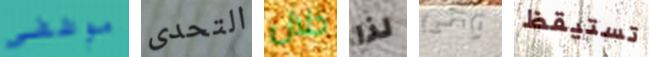
موظفي التحدى خلال لذا وهى تستيقظ